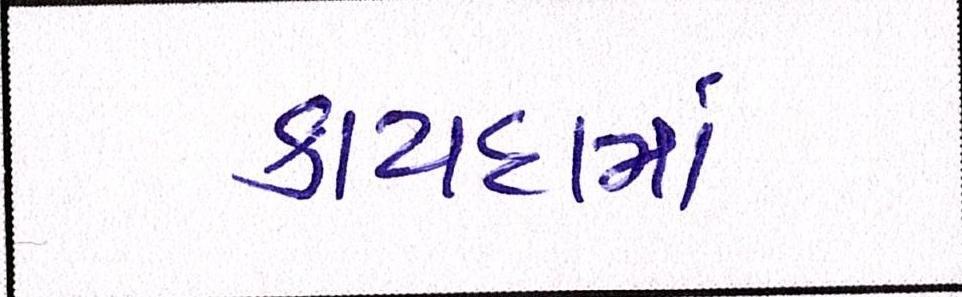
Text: કાયદામાં